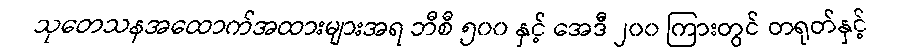
သုတေသနအထောက်အထားများအရ ဘီစီ ၅၀၀ နှင့် အေဒီ ၂၀၀ ကြားတွင် တရုတ်နှင့်